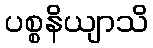
ပစ္စနိယျာသိ